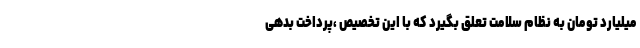
میلیارد تومان به نظام سلامت تعلق بگیرد که با این تخصیص ،پرداخت بدهی